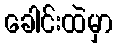
ခေါင်းထဲမှာ